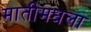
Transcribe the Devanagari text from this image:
मातीमधला